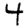
Digit: 4